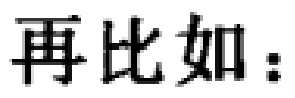
再比如：